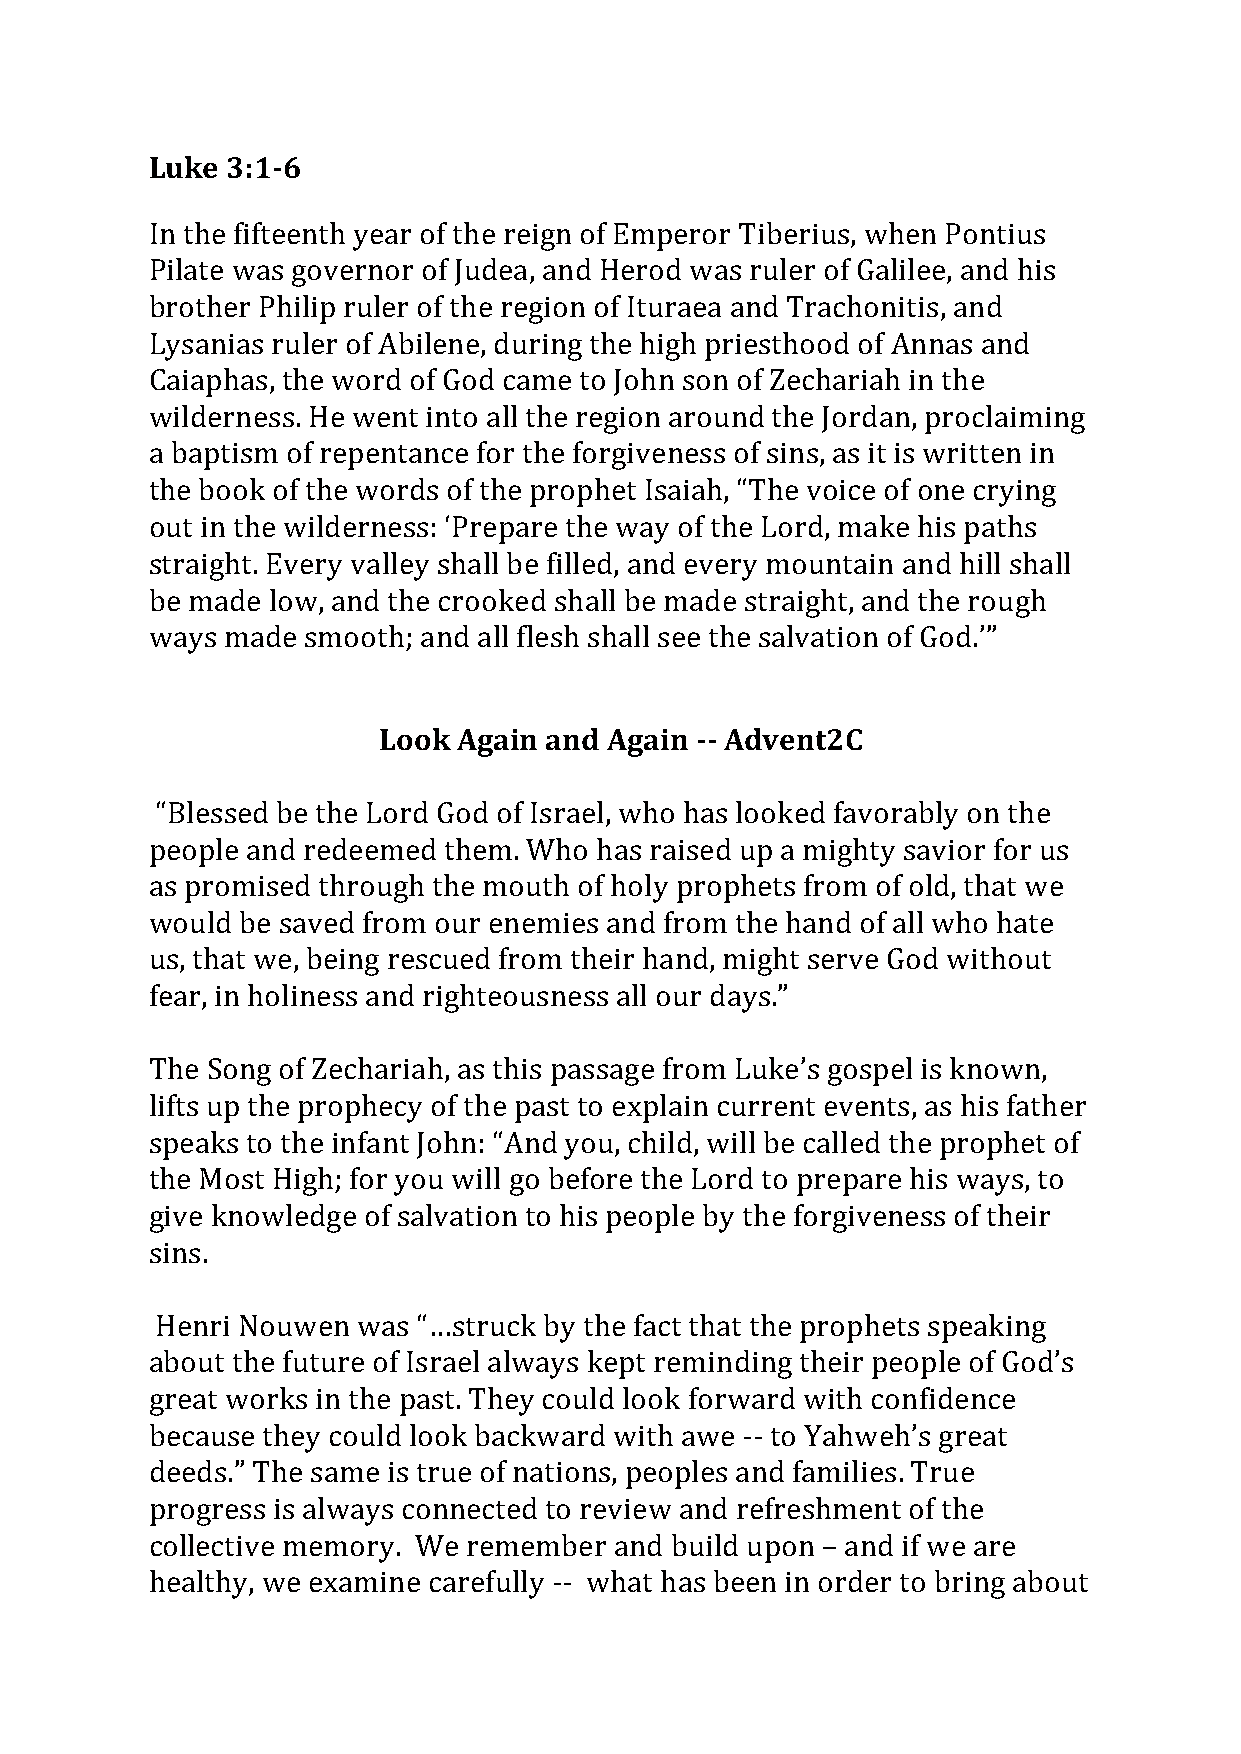
Luke 3:1-6
 In the fifteenth year of the reign of Emperor Tiberius, when Pontius
 Pilate was governor of Judea, and Herod was ruler of Galilee, and his
 brother Philip ruler of the region of Ituraea and Trachonitis, and
 Lysanias ruler of Abilene, during the high priesthood of Annas and
 Caiaphas, the word of God came to John son of Zechariah in the
 wilderness. He went into all the region around the Jordan, proclaiming
 a baptism of repentance for the forgiveness of sins, as it is written in
 the book of the words of the prophet Isaiah, “The voice of one crying
 out in the wilderness: ‘Prepare the way of the Lord, make his paths
 straight. Every valley shall be filled, and every mountain and hill shall
 be made low, and the crooked shall be made straight, and the rough
 ways made smooth; and all flesh shall see the salvation of God.’”
 Look Again and Again -- Advent2C
 “Blessed be the Lord God of Israel, who has looked favorably on the
 people and redeemed them. Who has raised up a mighty savior for us
 as promised through the mouth of holy prophets from of old, that we
 would be saved from our enemies and from the hand of all who hate
 us, that we, being rescued from their hand, might serve God without
 fear, in holiness and righteousness all our days.”
 The Song of Zechariah, as this passage from Luke’s gospel is known,
 lifts up the prophecy of the past to explain current events, as his father
 speaks to the infant John: “And you, child, will be called the prophet of
 the Most High; for you will go before the Lord to prepare his ways, to
 give knowledge of salvation to his people by the forgiveness of their
 sins.
 Henri Nouwen  was “…struck by the fact that the prophets speaking
 about the future of Israel always kept reminding their people of God’s
 great works in the past. They could look forward with confidence
 because they could look backward with awe -- to Yahweh’s great
 deeds.” The same is true of nations, peoples and families. True
 progress is always connected to review and refreshment of the
 collective memory. We remember and build upon – and if we are
 healthy, we examine carefully -- what has been in order to bring about